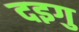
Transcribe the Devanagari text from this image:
दइगु